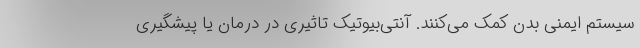
سیستم ایمنی بدن کمک می‌کنند. آنتی‌بیوتیک تاثیری در درمان یا پیشگیری